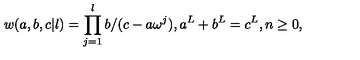
w ( a , b , c | l ) = \prod _ { j = 1 } ^ { l } b / ( c - a \omega ^ { j } ) , a ^ { L } + b ^ { L } = c ^ { L } , n \geq 0 ,